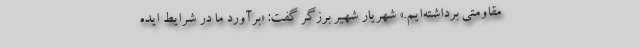
مقاومتی برداشته‌ایم.» شهریار شهیر برزگر گفت: «برآورد ما در شرایط ایده